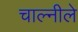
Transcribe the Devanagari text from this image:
चाल्नीले